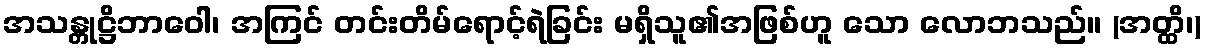
အသန္တုဋ္ဌိဘာဝေါ၊ အကြင် တင်းတိမ်ရောင့်ရဲခြင်း မရှိသူ၏အဖြစ်ဟူ သော လောဘသည်။ (အတ္ထိ၊)